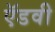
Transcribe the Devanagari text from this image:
ऍडवी